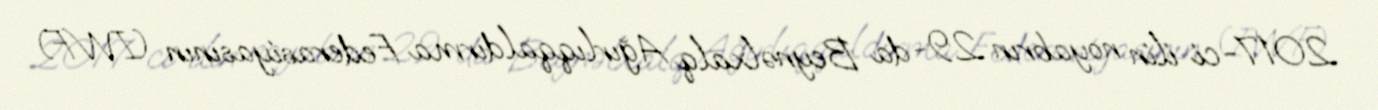
2017-ci ilin noyabrın 29-da Beynəlxalq Ağırlıqqaldırma Federasiyasının (IWF)